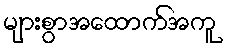
များစွာအထောက်အကူ